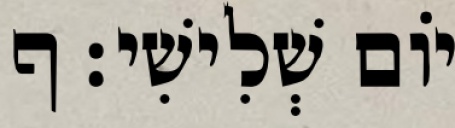
יֹום שְׁלִישִׁי׃ ף